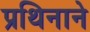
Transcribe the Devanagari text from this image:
प्रथिनाने